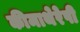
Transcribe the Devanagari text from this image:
कीमाथेरेपी